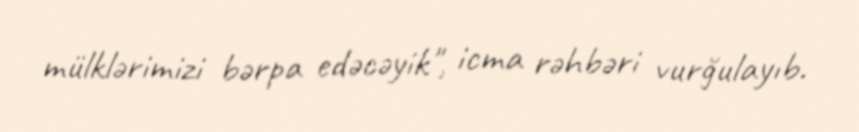
mülklərimizi bərpa edəcəyik", icma rəhbəri vurğulayıb.